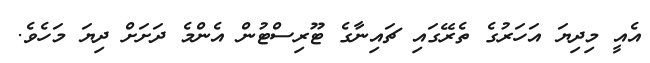
އެއީ މިދިޔަ އަހަރުގެ ތެރޭގައި ޗައިނާގެ ޓޫރިސްޓުން އެންމެ ދަށަށް ދިޔަ މަހެވެ.